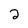
Character: 2